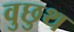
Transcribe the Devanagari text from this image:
वुछुथ